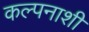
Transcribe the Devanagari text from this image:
कल्पनाशी